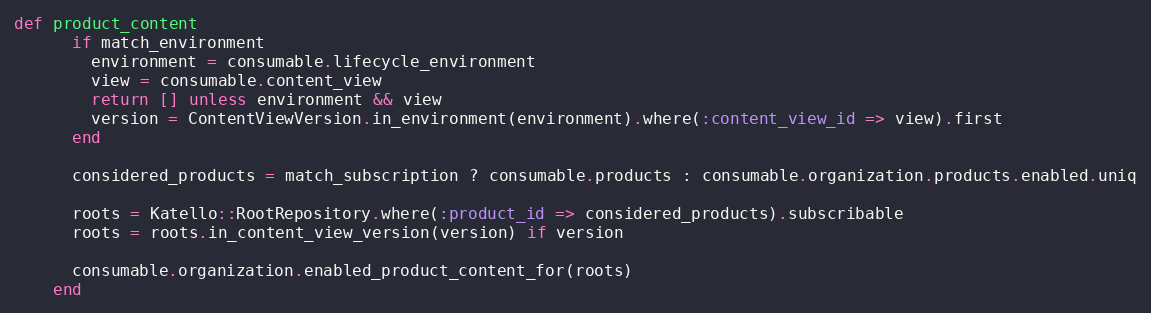
Language: Ruby
def product_content
      if match_environment
        environment = consumable.lifecycle_environment
        view = consumable.content_view
        return [] unless environment && view
        version = ContentViewVersion.in_environment(environment).where(:content_view_id => view).first
      end

      considered_products = match_subscription ? consumable.products : consumable.organization.products.enabled.uniq

      roots = Katello::RootRepository.where(:product_id => considered_products).subscribable
      roots = roots.in_content_view_version(version) if version

      consumable.organization.enabled_product_content_for(roots)
    end